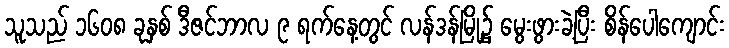
သူသည် ၁၆၀၈ ခုနှစ် ဒီဇင်ဘာလ ၉ ရက်နေ့တွင် လန်ဒန်မြို့၌ မွေးဖွားခဲ့ပြီး စိန်ပေါကျောင်း